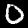
Digit: 0